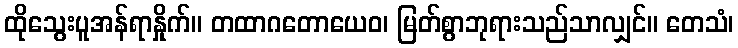
ထိုသွေးပူအန်ရာနှိုက်။ တထာဂတောယေဝ၊ မြတ်စွာဘုရားသည်သာလျှင်။ တေသံ၊